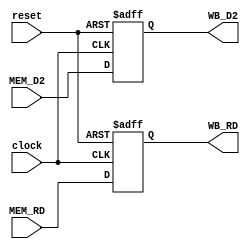
// file MEM_WB.v

module MEM_WB(
	input wire [31:0] MEM_D2,
	input wire [4:0] MEM_RD,
	input wire clock,
	input wire reset,
	output reg [31:0] WB_D2,
	output reg [4:0] WB_RD);

	always @(posedge clock or posedge reset) begin
		if(reset) begin
			WB_D2 <= 32'd0;
			WB_RD <= 5'd0;
		end else begin
			WB_D2 <= MEM_D2;
			WB_RD <= MEM_RD;
		end
	end
endmodule